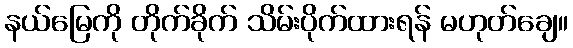
နယ်မြေကို တိုက်ခိုက် သိမ်းပိုက်ထားရန် မဟုတ်ချေ။